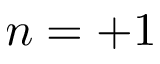
n = + 1